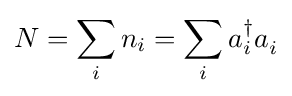
N=\sum _{i}n_{i}=\sum _{i}a_{i}^{\dagger }a_{i}^{\,}